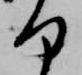
何